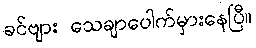
ခင်ဗျား သေချာပေါက်မှားနေပြီ။